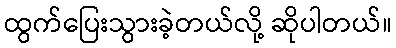
ထွက်ပြေးသွားခဲ့တယ်လို့ ဆိုပါတယ်။